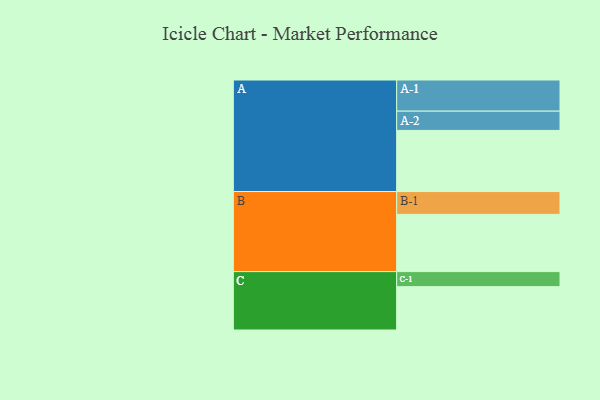
{"axis": {"x": "Segment", "y": "Value"}, "legend": ["", "A", "B", "C"], "data": [{"x": "A", "y": 536, "type": ""}, {"x": "B", "y": 502, "type": ""}, {"x": "C", "y": 380, "type": ""}, {"x": "A-1", "y": 273, "type": "A"}, {"x": "A-2", "y": 169, "type": "A"}, {"x": "B-1", "y": 200, "type": "B"}, {"x": "C-1", "y": 132, "type": "C"}]}